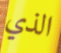
الذي